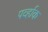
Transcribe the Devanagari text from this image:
पर्व्हाक